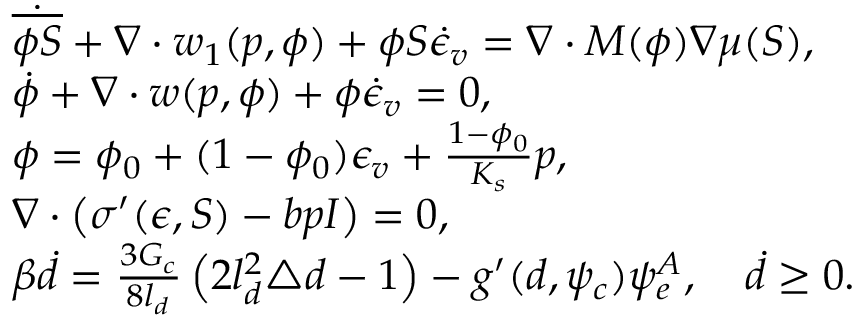
\begin{array} { r l } & { \dot { \overline { { \phi S } } } + \nabla \cdot \boldsymbol { w } _ { 1 } ( p , \phi ) + \phi S \dot { \epsilon } _ { v } = \nabla \cdot M ( \phi ) \nabla \mu ( S ) , } \\ & { \dot { \phi } + \nabla \cdot \boldsymbol { w } ( p , \phi ) + \phi \dot { \epsilon } _ { v } = 0 , } \\ & { \phi = \phi _ { 0 } + ( 1 - \phi _ { 0 } ) \epsilon _ { v } + \frac { 1 - \phi _ { 0 } } { K _ { s } } p , } \\ & { \nabla \cdot \left( \boldsymbol { \sigma } ^ { \prime } ( \boldsymbol { \epsilon } , S ) - b p \boldsymbol { I } \right) = 0 , } \\ & { \beta \dot { d } = \frac { 3 G _ { c } } { 8 l _ { d } } \left( 2 l _ { d } ^ { 2 } \triangle { d } - 1 \right) - g ^ { \prime } ( d , \psi _ { c } ) \psi _ { e } ^ { A } , \quad \dot { d } \ge 0 . } \end{array}